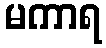
မကာရ